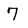
Character: 7